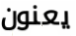
يعنون